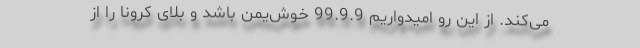
می‌کند. از این رو امیدواریم 99.9.9 خوش‌یُمن باشد و بلای کرونا را از